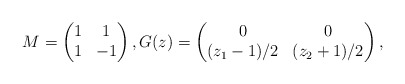
\begin{align*}M=\begin{pmatrix} 1 & 1\\ 1 &-1 \end{pmatrix},G(z)=\begin{pmatrix} 0 & 0\\ (z_1-1)/2 & (z_2+1)/2 \end{pmatrix}, \end{align*}